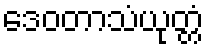
ဒေဝတာသံယုတ္တံ